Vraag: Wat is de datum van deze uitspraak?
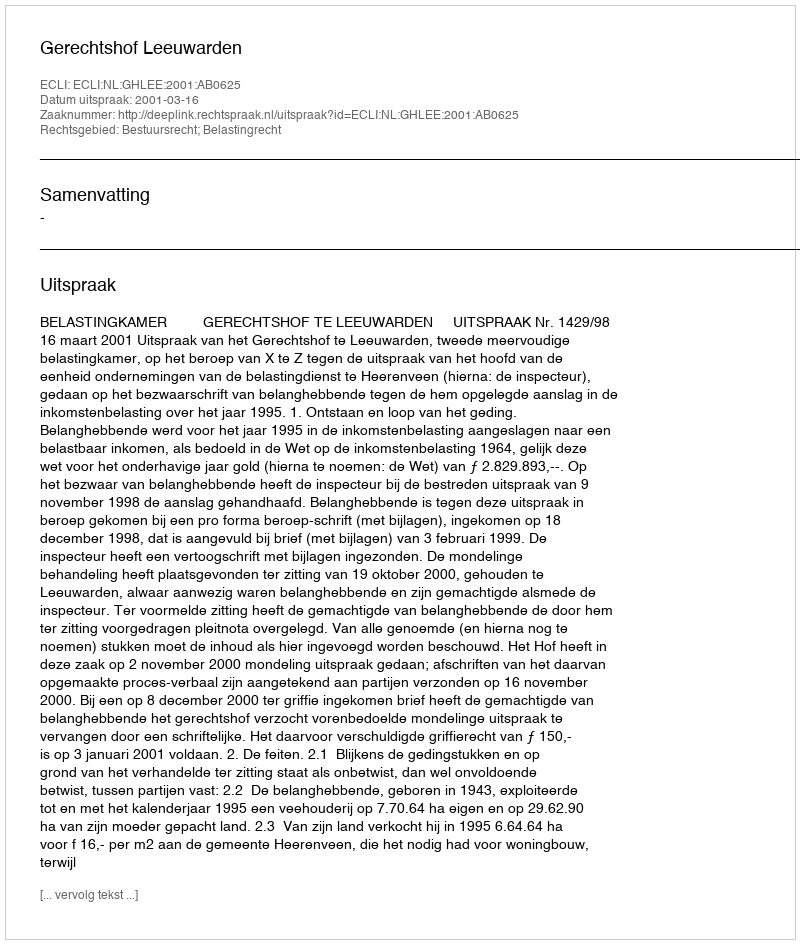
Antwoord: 2001-03-16